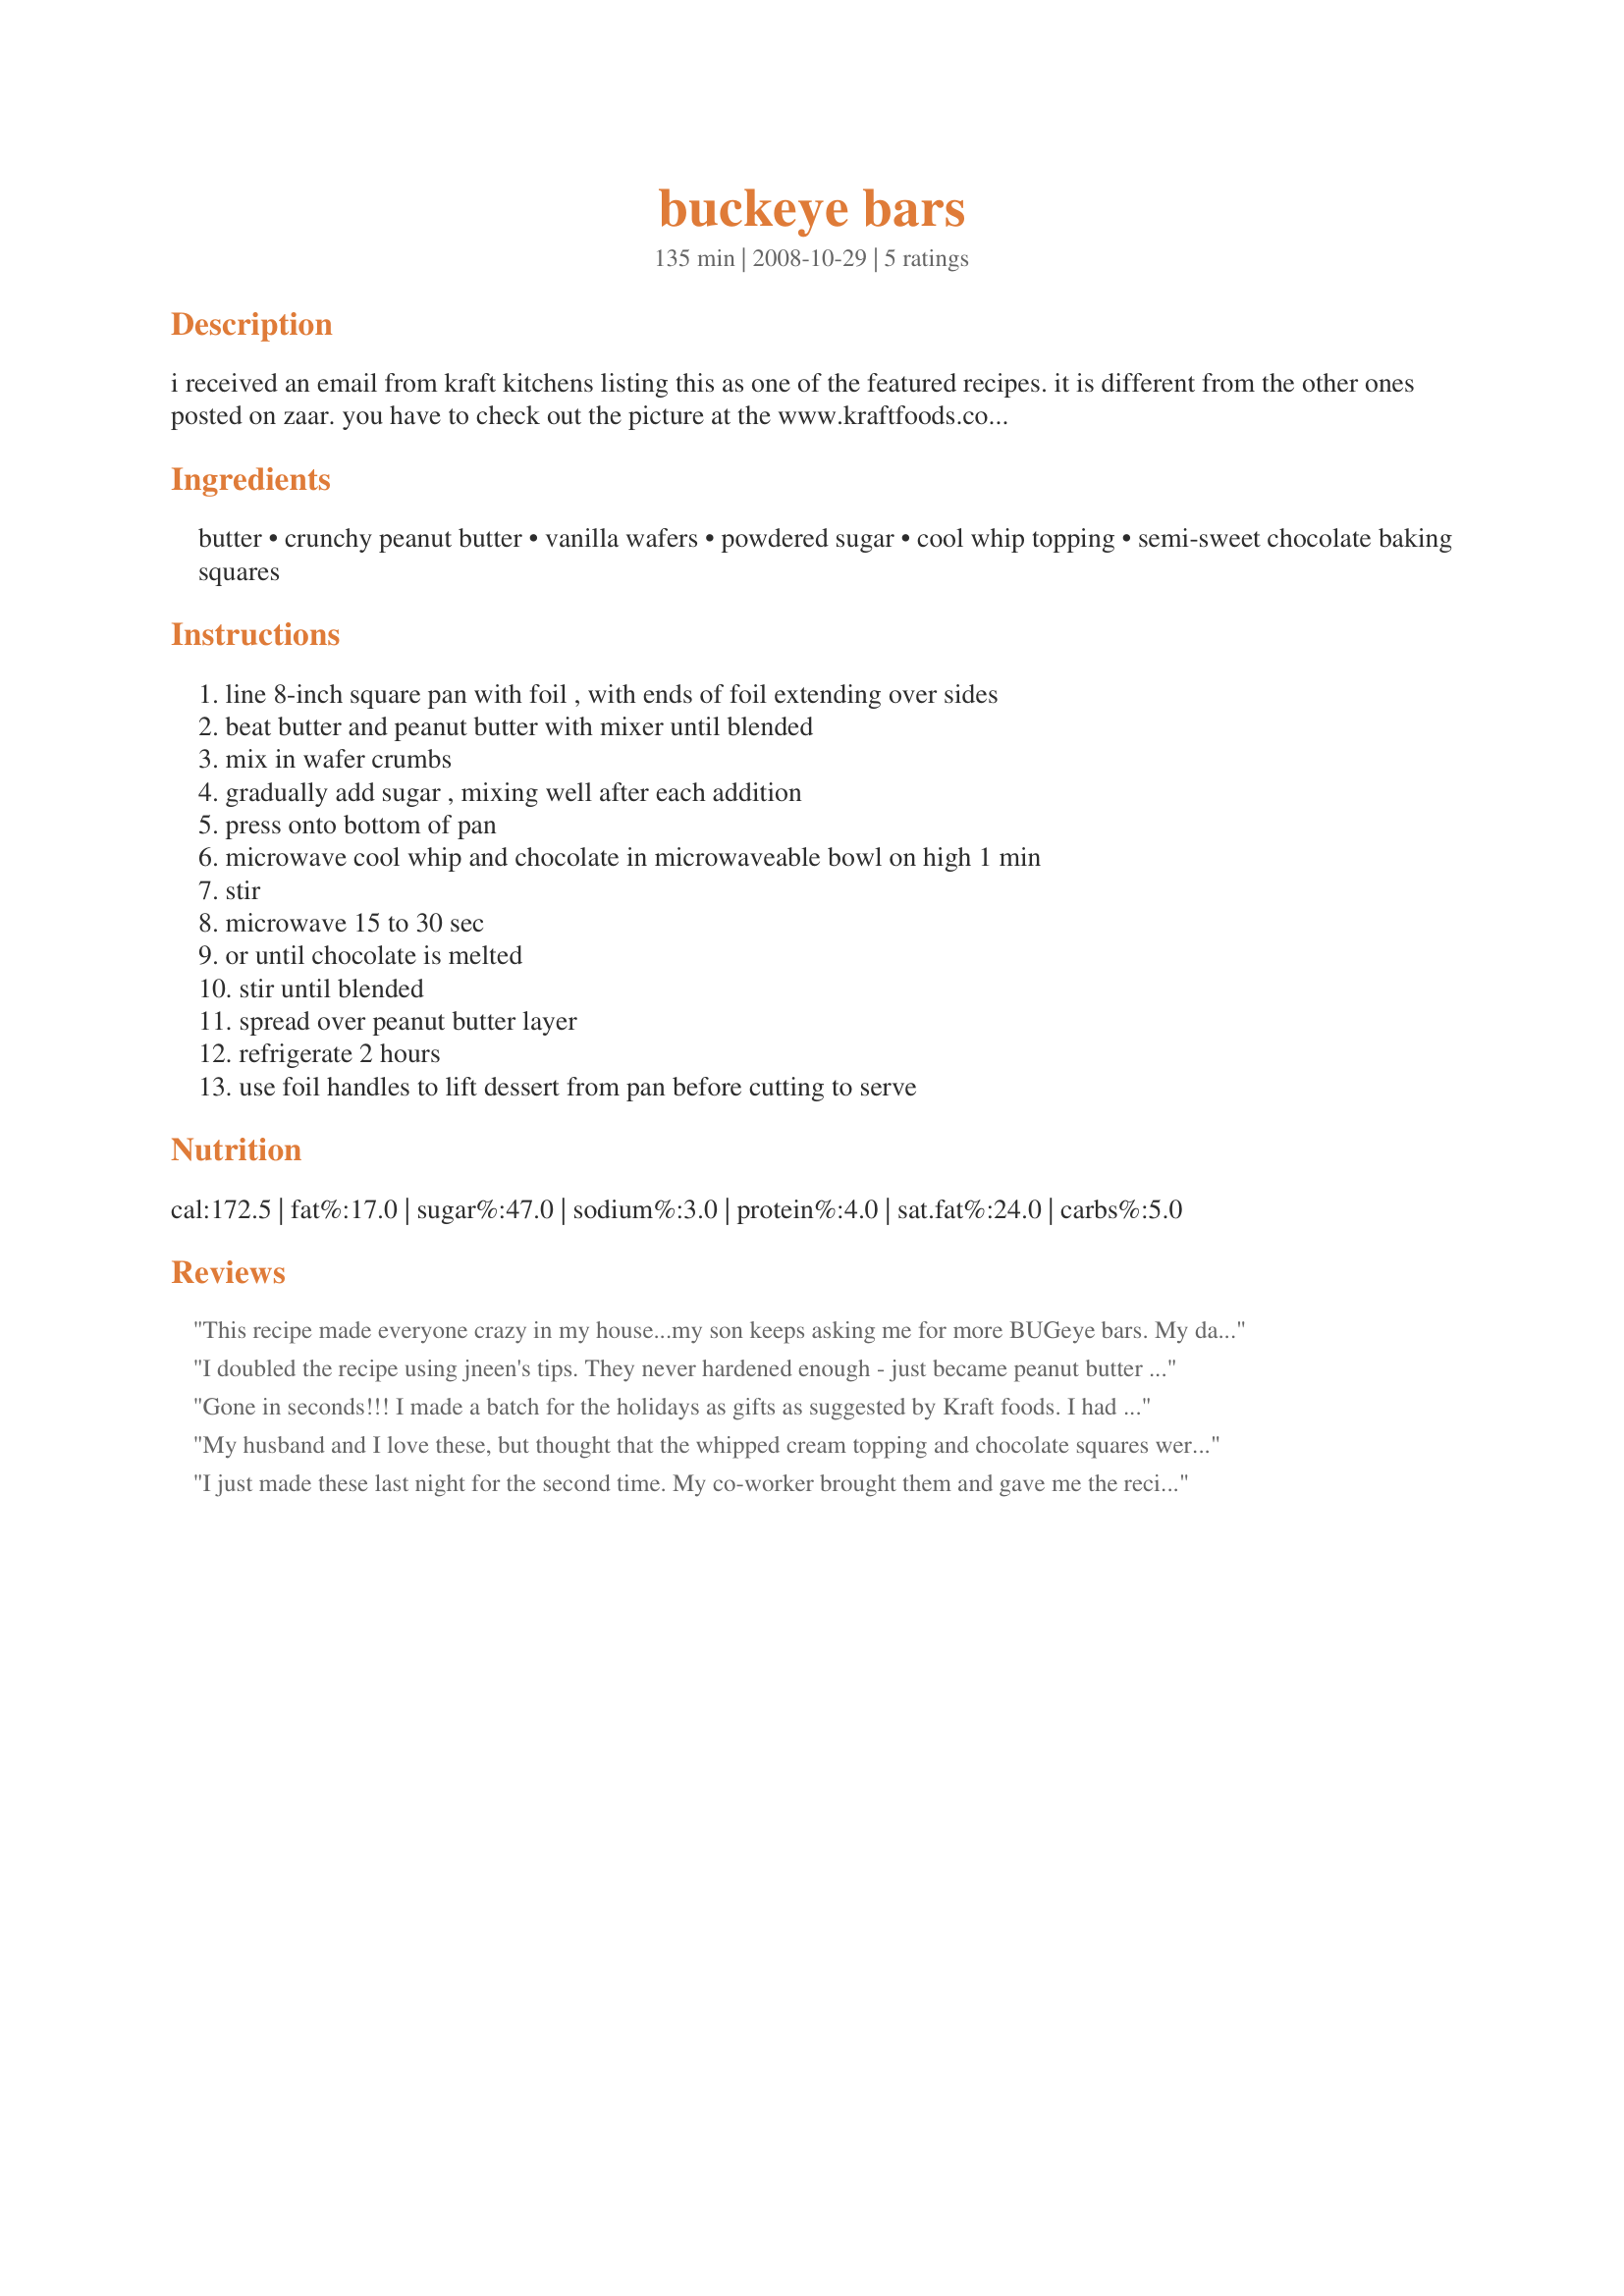
buckeye bars
Preparation time: 135 minutes

i received an email from kraft kitchens listing this as one of the featured recipes. it is different from the other ones posted on zaar. you have to check out the picture at the www.kraftfoods.com website! yum! :-) kraft kitchen tips: serving suggestion - serve in holiday-colored foil candy cups. make ahead - store in airtight container in freezer up to 1 month. thaw in refrigerator before serving. refrigerate leftovers. :-) note: this recipe can also be found in the kraft food & family magazine, page 38, holiday 2008/winter 2009 edition.

Ingredients:
butter, crunchy peanut butter, vanilla wafers, powdered sugar, cool whip topping, semi-sweet chocolate baking squares

Steps:
line 8-inch square pan with foil , with ends of foil extending over sides, beat butter and peanut butter with mixer until blended, mix in wafer crumbs, gradually add sugar , mixing well after each addition, press onto bottom of pan, microwave cool whip and chocolate in microwaveable bowl on high 1 min, stir, microwave 15 to 30 sec, or until chocolate is melted, stir until blended, spread over peanut butter layer, refrigerate 2 hours, use foil handles to lift dessert from pan before cutting to serve

Reviews:
This recipe made everyone crazy in my house...my son keeps asking me for more BUGeye bars. My daughter was mad she didn't get to help make them, but enjoyed gobbling them down. BF is hiding his own personal stash in the fridge. Even the MIL had a second piece. I personally found it to be a little too sweet, but I think that is just me. Everyone else LOVED it. I also made them with store brand ingredients, and doubled the recipe. I also subbed semi-sweet chocolate chips for the baking squares. This resulted in a slightly longer time in the microwave, but texture and taste were all right on. Thanks you for a wonderful recipe!
I doubled the recipe using jneen's tips. They never hardened enough - just became peanut butter mush.
Gone in seconds!!! I made a batch for the holidays as gifts as suggested by Kraft foods. I had to make a second batch just for the family. I just LOVE recipezaar. Thanks for posting the recipe,I had lost it!
My husband and I love these, but thought that the whipped cream topping and chocolate squares were just not sweet enough. Now I mix chocolate icing into the whipped cream instead of the baking squares. It is fantastic!!!
I just made these last night for the second time. My co-worker brought them and gave me the recipe. I double it and put it in a 9 x 13 pan. For the doubled recipe, it's a box of confectioner's sugar and an 18 oz jar of peanut butter. It also then takes an entire 8 oz tub of whipped topping and just double the other ingredients. I did use store brand ingredients and it was fine.
